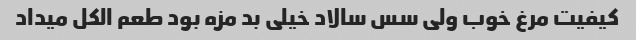
کیفیت مرغ خوب ولی سس سالاد خیلی بد مزه بود طعم الکل میداد